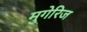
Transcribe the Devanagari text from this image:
मुगेरिज